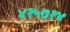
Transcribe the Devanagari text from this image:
४१५७१४